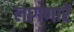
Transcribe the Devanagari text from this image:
लागणारें